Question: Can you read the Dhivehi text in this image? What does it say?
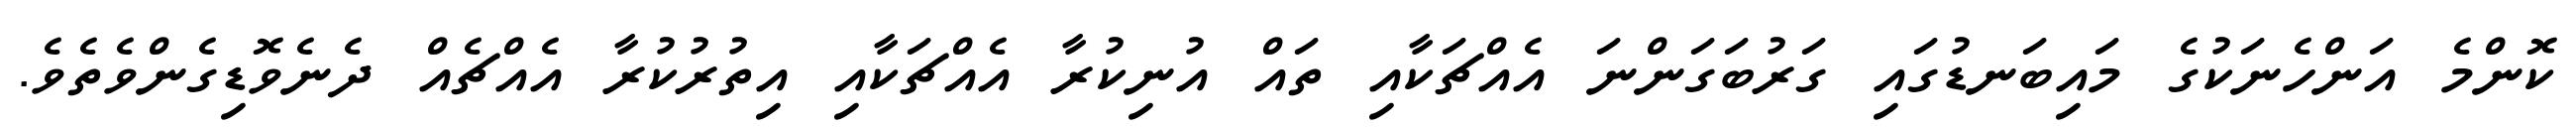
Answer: ކޮންމެ އަންހެނަކުގެ މައިބަނޑުގައި ގަރުބަގަންނަ އެއްޗަކާއި ތައް އުނިކުރާ އެއްޗަކާއި އިތުރުކުރާ އެއްޗެއް ދެނެވޮޑިގެންވެތެވެ.